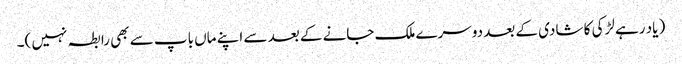
( یاد رہے لڑکی کا شادی کے بعد دوسرے ملک جانے کے بعد سے اپنے ماں باپ سے بھی رابطہ نہیں )۔